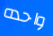
واحده